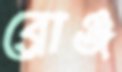
ব্রোঞ্জ